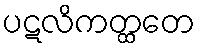
ပဋလိကတ္ထတေ